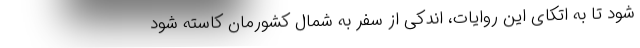
شود تا به اتکای این روایات‌، اندکی از سفر به شمال کشورمان کاسته شود